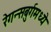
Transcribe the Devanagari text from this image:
रेगन्सबुर्गमध्ये